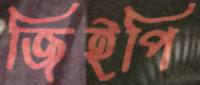
জিইপি